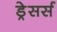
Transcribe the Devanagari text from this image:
ड्रेसर्स